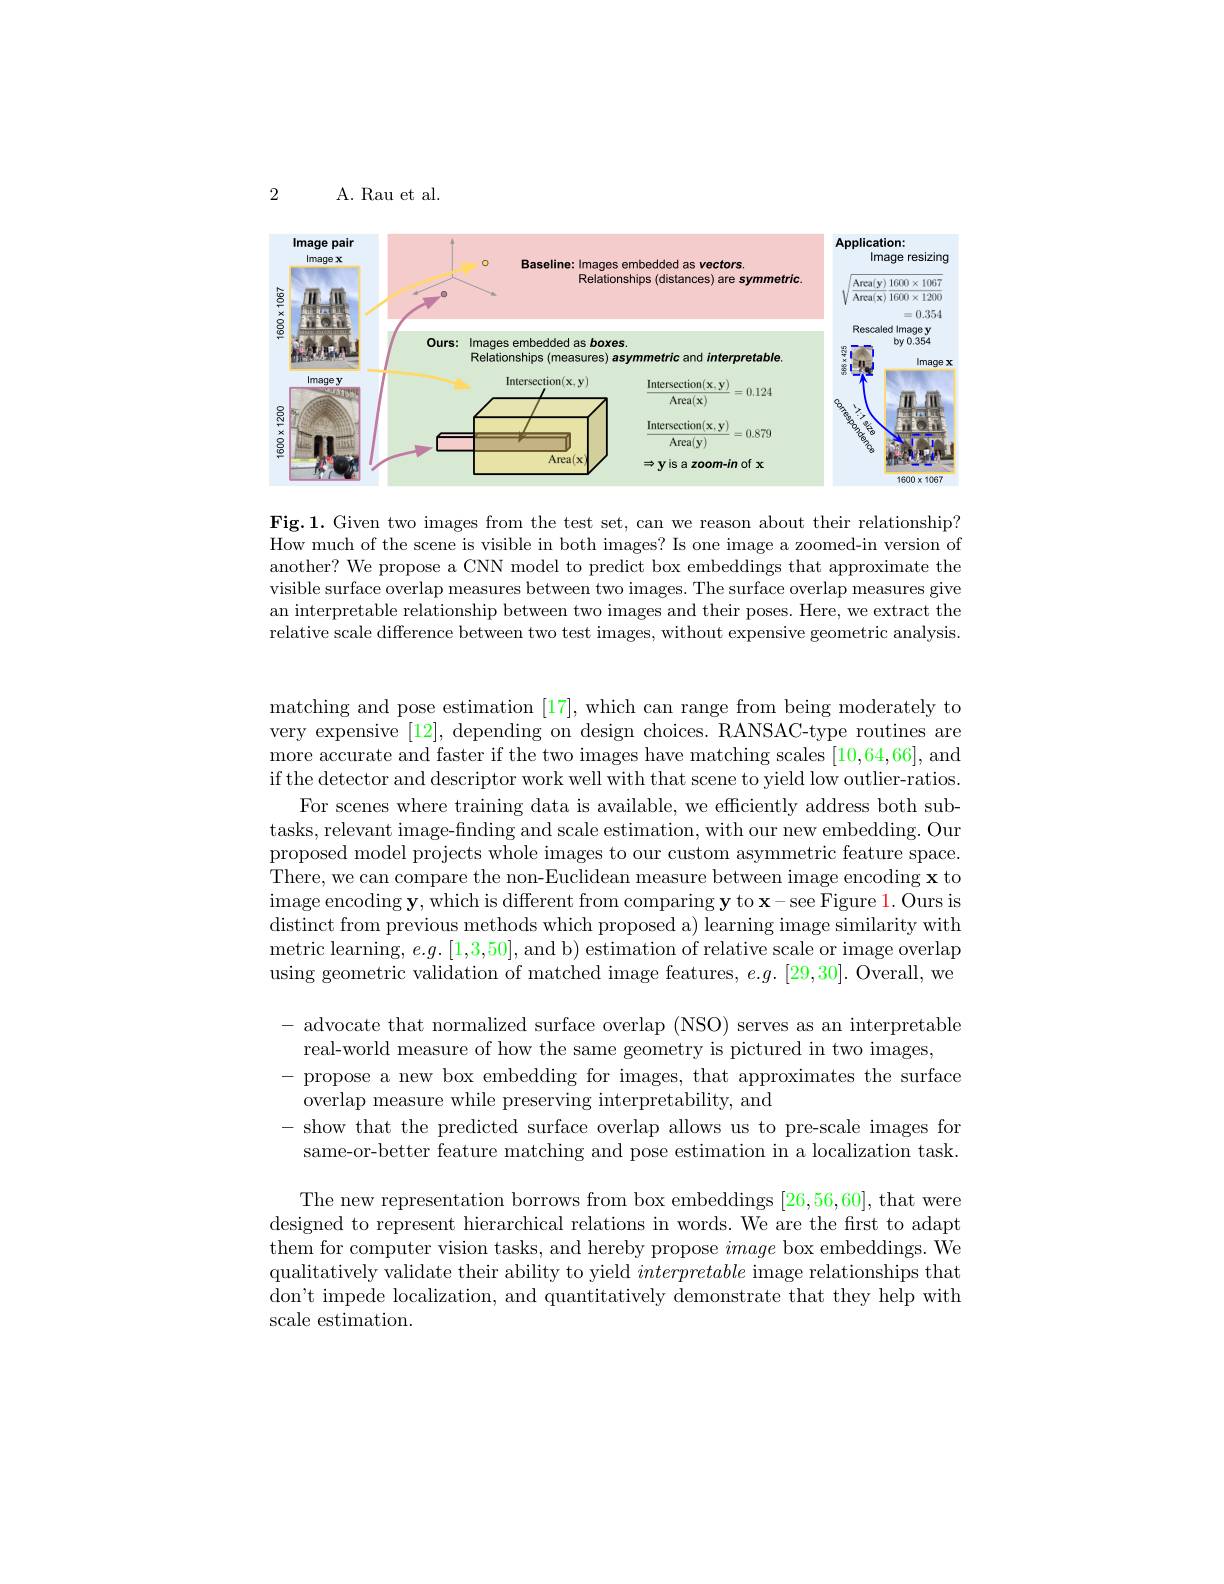
2

A. Rau et al.

<FigureHere>

$\mathbf{Fig.1.~Given~two~images~from~the~test~set,~can~we~reason~about~their~relationship?}$ How much of the scene is visible in both images? Is one image a zoomed-in version of another? We propose a CNN model to predict box embeddings that approximate the visible surface overlap measures between two images. The surface overlap measures give an interpretable relationship between two images and their poses. Here, we extract the relative scale difference between two test images, without expensive geometric analysis.

matching and pose estimation [17],which can range from being moderately to very expensive [12], depending on design choices. RANSAC-type routines are more accurate and faster if the two images have matching scales [10,64,66],and if the detector and descriptor work well with that scene to yield low outlier-ratios.
For scenes where training data is available, we efficiently address both subtasks, relevant image-finding and scale estimation, with our new embedding. Our proposed model projects whole images to our custom asymmetric feature space. There, we can compare the non-Euclidean measure between image encoding $\mathbf{x}$ to image encoding y, which is different from comparing y to x- see Figure 1. Ours is $\begin{array}{c}\text{distinct from previous methods which proposed a) learning image similarity with}\\\end{array}$ metric learning, $e.g.[1,3,50]$, and b) estimation of relative scale or image overlap using geometric validation of matched image features, $e.g.[29,30].$ Overall, we

- advocate that normalized surface overlap (NSO) serves as an interpretable
real-world measure of how the same geometry is pictured in two images,
- propose a new box embedding for images, that approximates the surface
overlap measure while preserving interpretability, and
- show that the predicted surface overlap allows us to pre-scale images for
same-or-better feature matching and pose estimation in a localization task. The new representation borrows from box embeddings [26,56,60], that were
designed to represent hierarchical relations in words. We are the first to adapt them for computer vision tasks, and hereby propose image box embeddings. We qualitatively validate their ability to yield interpretable image relationships that don't impede localization, and quantitatively demonstrate that they help with scale estimation.